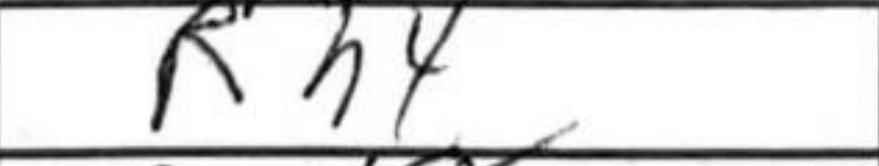
Transcription: Rh4